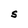
Character: S